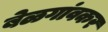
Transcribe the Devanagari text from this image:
बेळगांवकर